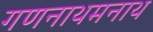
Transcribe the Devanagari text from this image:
गणनाथमनाथ